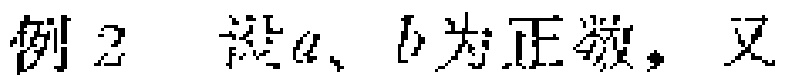
例2 设\(a、b\)为正数，又